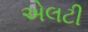
એલટી